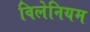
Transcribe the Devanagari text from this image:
विलेनियम